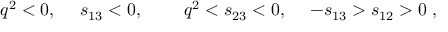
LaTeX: q ^ { 2 } < 0 , \; \quad s _ { 1 3 } < 0 , \; \qquad q ^ { 2 } < s _ { 2 3 } < 0 , \; \quad - s _ { 1 3 } > s _ { 1 2 } > 0 \; ,